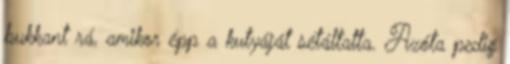
bukkant rá, amikor épp a kutyáját sétáltatta. Azóta pedig